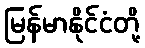
မြန်မာနိုင်ငံတို့